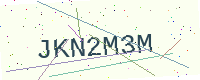
Text: JKN2M3M